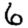
Digit: 6